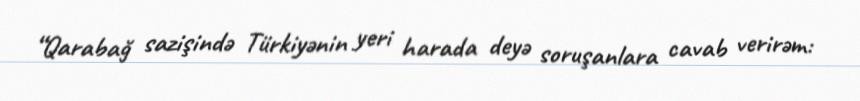
“Qarabağ sazişində Türkiyənin yeri harada deyə soruşanlara cavab verirəm: